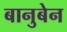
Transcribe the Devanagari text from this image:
बानुबेन